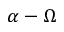
\alpha - \Omega